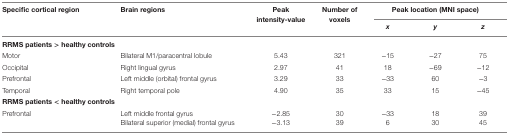
<table><thead><tr><td rowspan="2"><b>Specific cortical region</b></td><td rowspan="2"><b>Brain regions</b></td><td rowspan="2"><b>Peak intensity-value</b></td><td rowspan="2"><b>Number of voxels</b></td><td colspan="3"><b>Peak location (MNI space)</b></td></tr><tr><td><b><i>x</i></b></td><td><b><i>y</i></b></td><td><b><i>z</i></b></td></tr></thead><tbody><tr><td colspan="7"><b>RRMS patients &gt; healthy controls</b></td></tr><tr><td>Motor</td><td>Bilateral M1/paracentral lobule</td><td>5.43</td><td>321</td><td>−15</td><td>−27</td><td>75</td></tr><tr><td>Occipital</td><td>Right lingual gyrus</td><td>2.97</td><td>41</td><td>18</td><td>−69</td><td>−12</td></tr><tr><td>Prefrontal</td><td>Left middle (orbital) frontal gyrus</td><td>3.29</td><td>33</td><td>−33</td><td>60</td><td>−3</td></tr><tr><td>Temporal</td><td>Right temporal pole</td><td>4.90</td><td>35</td><td>33</td><td>15</td><td>−45</td></tr><tr><td colspan="7"><b>RRMS patients &lt; healthy controls</b></td></tr><tr><td>Prefrontal</td><td>Left middle frontal gyrus</td><td>−2.85</td><td>30</td><td>−33</td><td>18</td><td>39</td></tr><tr><td></td><td>Bilateral superior (medial) frontal gyrus</td><td>−3.13</td><td>39</td><td>6</td><td>30</td><td>45</td></tr></tbody></table>